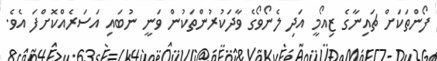
ފޯންތަކަށް ޗައިނާގެ ޒިއޯމީ އަދި ލެނޯވޯގެ ވާދަކުރުންތަކުން ވަނީ ނުބައި އަސަރެއްކޮށްފަ އެވެ.